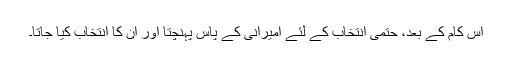
اس کام کے بعد، حتمی انتخاب کے لئے امیرانی کے پاس پہنچتا اور ان کا انتخاب کیا جاتا۔